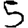
Digit: 5